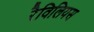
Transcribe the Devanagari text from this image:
रैविलियस